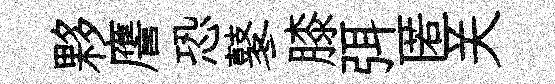
夥譍恐鼕膝弭匿关